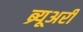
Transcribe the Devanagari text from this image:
ब्र्यूअरी